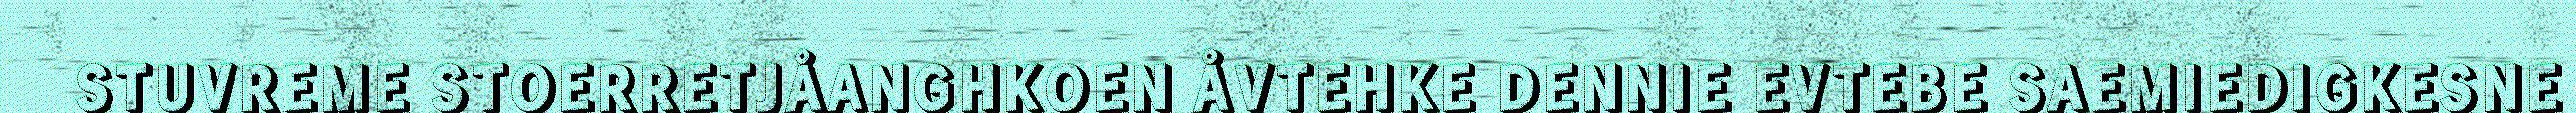
STUVREME STOERRETJÅANGHKOEN ÅVTEHKE DENNIE EVTEBE SAEMIEDIGKESNE